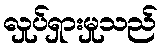
လှုပ်ရှားမှုသည်